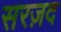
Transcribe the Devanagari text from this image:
सरज़द